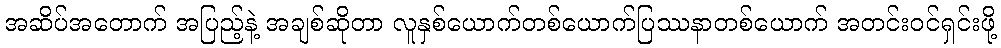
အဆိပ်အတောက် အပြည့်နဲ့ အချစ်ဆိုတာ လူနှစ်ယောက်တစ်ယောက်ပြဿနာတစ်ယောက် အတင်းဝင်ရှင်းဖို့